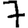
Digit: 7